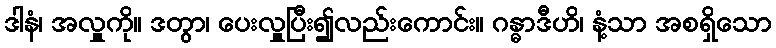
ဒါနံ၊ အလှူကို။ ဒတွာ၊ ပေးလှူပြီး၍လည်းကောင်း။ ဂန္ဓာဒီဟိ၊ နံ့သာ အစရှိသော